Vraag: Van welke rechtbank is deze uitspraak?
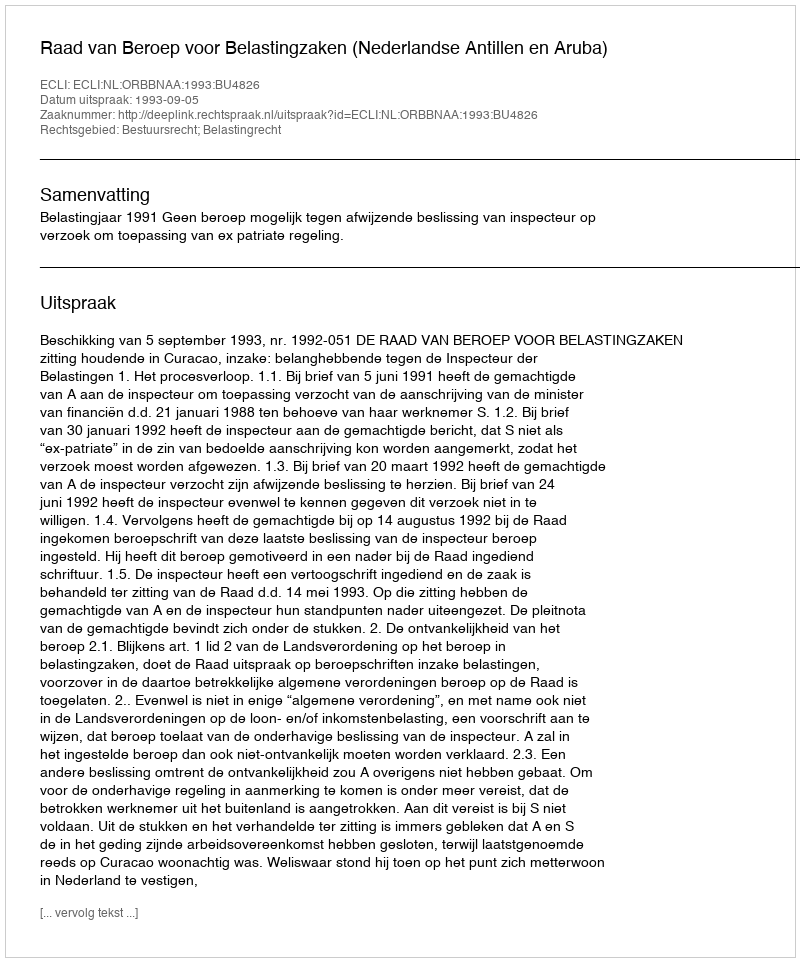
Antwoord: Raad van Beroep voor Belastingzaken (Nederlandse Antillen en Aruba)